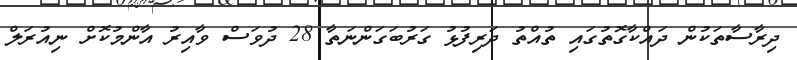
ދިރާސާތަކުން ދައްކާގޮތުގައި ތުއްތު ދަރިފުޅު ގަރުބަގަންނަތާ 28 ދުވަސް ވާއިރު އާންމުކޮށް ނިއުރަލް